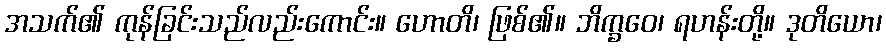
အသက်၏ ကုန်ခြင်းသည်လည်းကောင်း။ ဟောတိ၊ ဖြစ်၏။ ဘိက္ခဝေ၊ ရဟန်းတို့။ ဒုတိယော၊